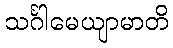
သင်္ဂါမေယျာမာတိ